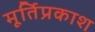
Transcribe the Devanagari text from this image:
मूर्तिप्रकाश